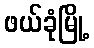
ဖယ်ခုံမြို့